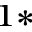
^ { 1 * }